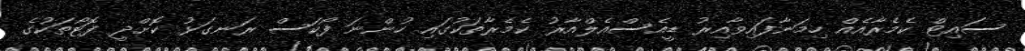
ސައިޓް ކެމެރާއެއް ހިމަނާފައިވާއިރު ޑީއެސްއެލްއާރު ކެމެރާތަކުގައި ހުންނަ ފޯކަސް ރަނގަޅު ކޮށްދީ ފޮޓޯތަކުގެ